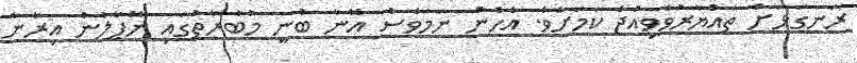
ރަނގަޅަށް ތައްޔާރުވެވިއްޖެ ކަމަށެވެ. އެހެން ނަމަވެސް އޭނާ ބުނީ މުބާރާތުގައި ނޭޕާލުން އިރާނާ